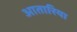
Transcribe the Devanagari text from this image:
आतारिया